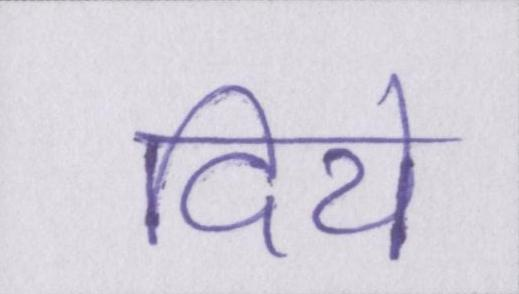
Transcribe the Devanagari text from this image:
दिये